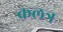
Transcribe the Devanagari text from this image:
कलत्र